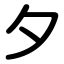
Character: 夕